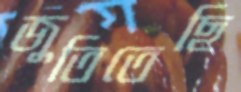
জুতিতেছি